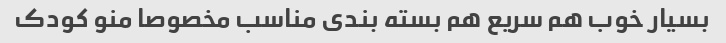
بسیار خوب هم سریع هم بسته بندی مناسب مخصوصا منو کودک